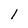
Character: 1